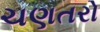
ચણતરો